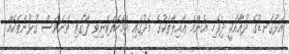
އަޅުގަނޑުގެ ދުޢާއަކީ ދިވެހި އެންމެ ޢާއިލާތަކުގެ މެދުގައި ދެމެހެއްޓެނިވި ފާގަތި ތަނަވަސް ގުޅުންތަކެއް